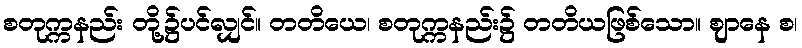
စတုက္ကနည်း တို့၌ပင်လျှင်။ တတိယေ၊ စတုက္ကနည်း၌ တတိယဖြစ်သော။ ဈာနေ စ၊